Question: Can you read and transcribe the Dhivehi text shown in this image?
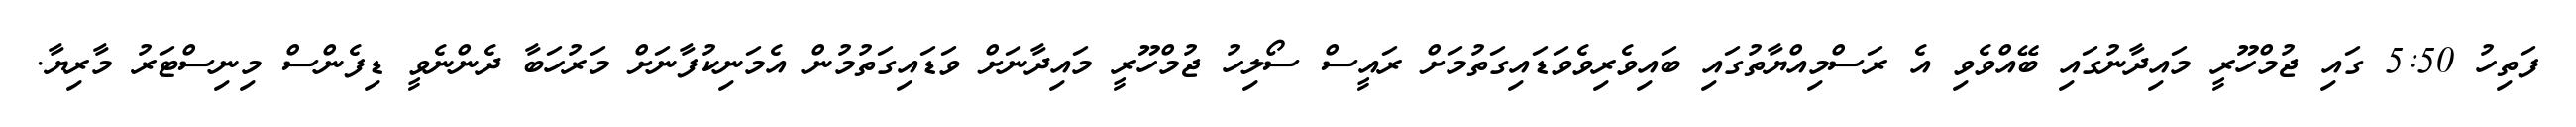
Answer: ފަތިހު 5:50 ގައި ޖުމްހޫރީ މައިދާނުގައި ބޭއްވެވި އެ ރަސްމިއްޔާތުގައި ބައިވެރިވެވަޑައިގަތުމަށް ރައީސް ސޯލިހު ޖުމްހޫރީ މައިދާނަށް ވަޑައިގަތުމުން އެމަނިކުފާނަށް މަރުހަބާ ދެންނެވީ ޑިފެންސް މިނިސްޓަރު މާރިޔާ.